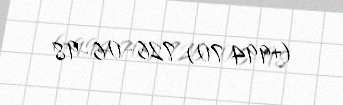
(+994 70) 726-06-98